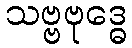
သဗ္ဗဗုဒ္ဓေ